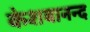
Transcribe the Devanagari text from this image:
केशबानन्द